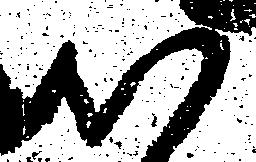
心